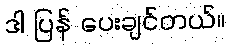
ဒါ ပြန် ပေးချင်တယ်။